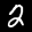
Label: 2